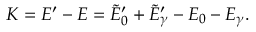
K = E ^ { \prime } - E = \tilde { E } _ { 0 } ^ { \prime } + \tilde { E } _ { \gamma } ^ { \prime } - E _ { 0 } - E _ { \gamma } .